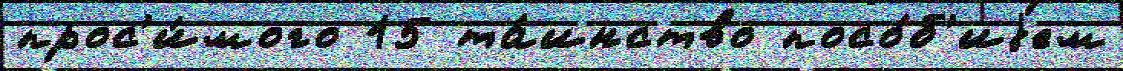
прос'и́мого 15 та́инство посо́б'иjем